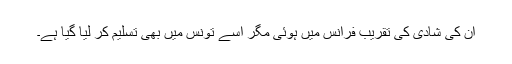
ان کی شادی کی تقریب فرانس میں ہوئی مگر اسے تونس میں بھی تسلیم کر لیا گیا ہے۔